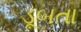
ડૂબતા